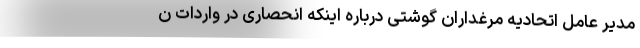
مدیر عامل اتحادیه مرغداران گوشتی درباره اینکه انحصاری در واردات ن